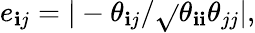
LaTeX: e_{\mathbf{i}j}=|-\theta_{\mathbf{i}j}/\sqrt{}{{\theta_{\mathbf{i}\mathbf{i}}\theta_{jj}}}|,